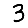
Digit: 3